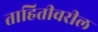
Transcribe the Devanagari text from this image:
ताहितीवरील